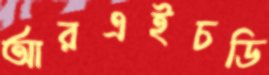
আরএইচডি